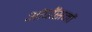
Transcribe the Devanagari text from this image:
ओपॉसमों